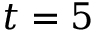
t = 5